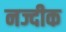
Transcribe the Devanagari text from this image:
नज्दीक